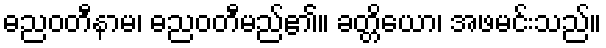
ဓညဝတီနာမ၊ ဓညဝတီမည်၏။ ခတ္တိယော၊ အဖမင်းသည်။